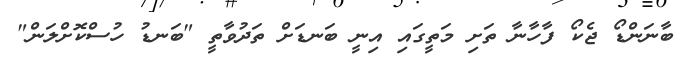
ބާނަންޑޯ ޖެކޯ ފާހާނާ ތަށި މަތީގައި އިނީ ބަނޑަށް ތަދުވާތީ "ބަނޑު ހުސްކޮށްލަން"